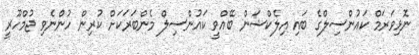
ނޮޅިވަރަމް ކައުންސިލްގެ ބައި އިލެކްޝަން ބޭއްވީ ކައުންސިލް މެންބަރަކަށް ކުރިން ހުންނެވި ޖުމްހޫރީ